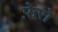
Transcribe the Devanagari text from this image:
फ़ेरो